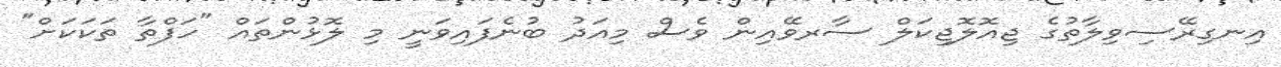
އިނގިރޭސިވިލާތުގެ ޖިއޮލޮޖިކަލް ސާރވޭއިން ވެސް މިއަދު ބުނެފައިވަނީ މި ލޮޅުންތައް "ހަފްތާ ތަކަކަށް"